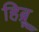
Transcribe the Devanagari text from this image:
हिब्र्रू